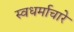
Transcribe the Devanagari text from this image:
स्वधर्माचारे